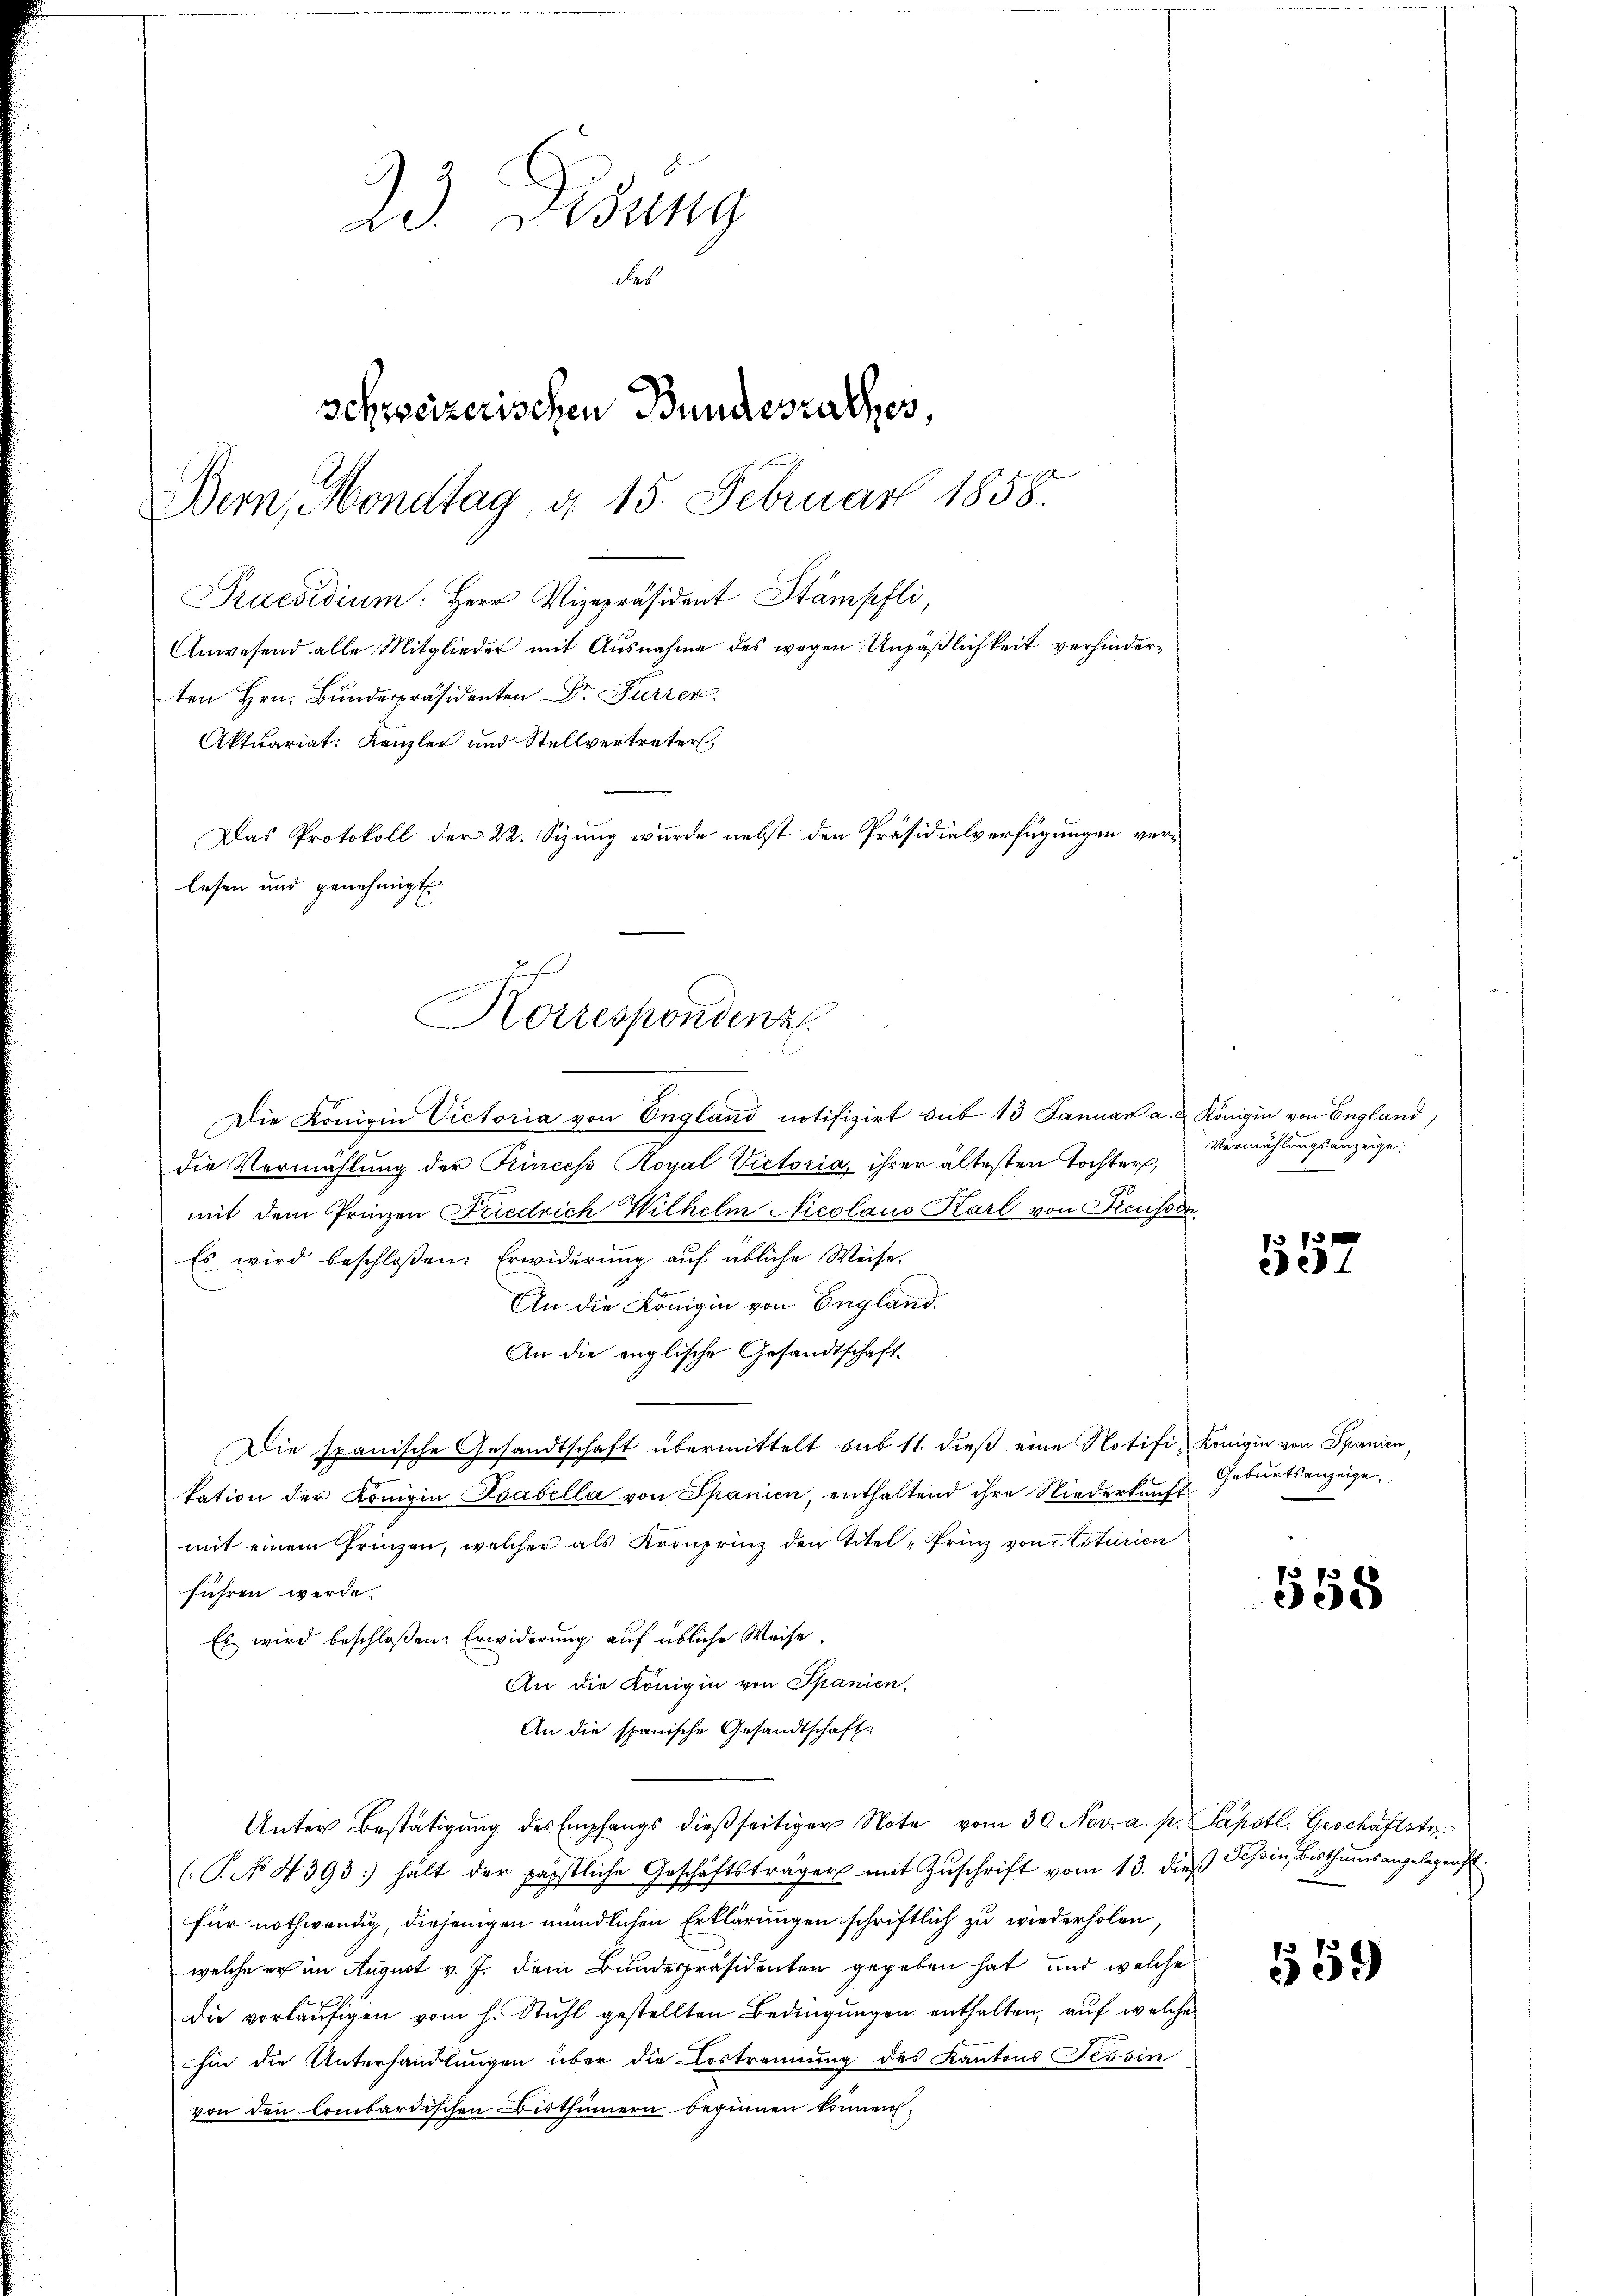
Korrespondenz

23. Didung
des
schweizerischen Bundesrathes,
Bern, Mondtag, d. 15. Februar 1858.
Praesidium: Herr Vizepräsident Stämpfli
Anwesend alle Mitglieder mit Ausnahme des wegen Unpäßlichkeit verhinderten Hrn. Bundespräsidenten Dr. Furrer.
Aktuariat: Kanzler und Stellvertreter,
Das Protokoll der 22. Sizung wurde nebst den Präsidialverfügungen verlesen und genehmigt.

Die Königin Victoria von England notifizirt sub 13 Januar a. u. Königin von England)
die Vermählung der Princess Royal Victoria, ihrer ältesten Tochter,
mit dem Prinzen Friedrich Wilhelm Nicolaus Karl von Reussen.
Es wird beschloßen: Erwiderung auf übliche Weise.
An die Königin von England.
An die englische Gesandtschaft.
Die spanische Gesandtschaft übermittelt sub 11. dieß eine Notifi, Königin von Spanien,
tation der Königin Koabella von Spanien, enthaltend ihre Niederkunft
mit einem Prinzen, welcher als Kronprinz den Titel, Prinz von Noturien
führen werde.
Es wird beschloßen: Erwiderung auf übliche Weise
An die Königin von Spanien.
An die spanische Gesandtschaft
Unter Bestätigung des Empfangs dießseitiger Note vom 30. Nov. a. p. Papstl. Geschäftstr
(P. N. N. 393) hält der päpstliche Geschäftsträger mit Zuschrift vom 13. dieß Tessin, Bisthums angelegen
für nothwendig, diejenigen mündlichen Erklärungen schriftlich zu wiederholen,
welche er im August v. J. dem Bundespräsidenten gegeben hat und welche
die vorläufigen vom h. Stuhl gestellten Bedingungen enthalten, auf welche
hin die Unterhandlungen über die Costrennung des Kantons Tessin
von den lombardischen Bisthümern beginnen können.

Vermählungsanzeige.

557

Geburtsanzeige,

558

59